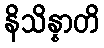
နိသိန္နာတိ